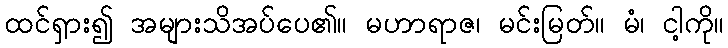
ထင်ရှား၍ အများသိအပ်ပေ၏။ မဟာရာဇ၊ မင်းမြတ်။ မံ၊ ငါ့ကို။